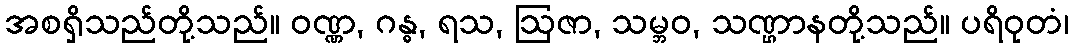
အစရှိသည်တို့သည်။ ဝဏ္ဏ, ဂန္ဓ, ရသ, ဩဇာ, သမ္ဘဝ, သဏ္ဌာနတို့သည်။ ပရိဝုတံ၊